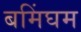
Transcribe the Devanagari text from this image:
बमिंघम